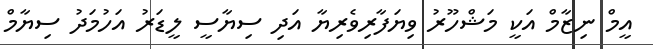
އީމް ނިޒާމް އަކީ މަޝްހޫރު ވިޔަފާރިވެރިޔާ އަދި ސިޔާސީ ލީޑަރު އަހުމަދު ސިޔާމް